Newspaper: The Indiana State sentinel. [volume]
Place of publication: Indianapolis
Date: 1880-06-16 00:00:00
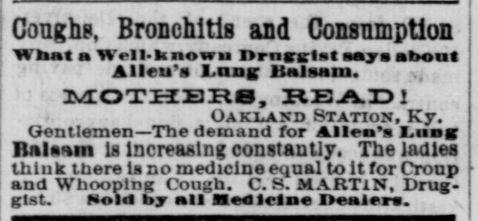
Advertisement text (OCR):
Cough?, Bronchitis and Consumption WbataWrll-hnowu Irnara1t mjm aboat Alleu'a Lnog limlaani. -., MOTHERS, READ1 Oakland Station, Ky. Gentlemen The demand for Allrn'a Lima; IUIatin Is Increasing constantly. The ladles think there la no medicine equal to It for Croup and Whooping Cough. C. S. MARTIN. Drug gist. Hold by II Herfllrln Iaiera.
Label: text-only